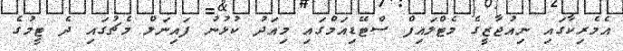
އެމެރިކާގައި ނިއުޖާޒީގެ މެޓްލައިފް ސްޓޭޑިއަމްގައި މިއަދު ކުޅުނު ފައިނަލް މެޗުގައި ދެ ޓީމުގެ